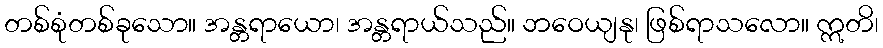
တစ်စုံတစ်ခုသော။ အန္တရာယော၊ အန္တရာယ်သည်။ ဘဝေယျနု၊ ဖြစ်ရာသလော။ ဣတိ၊